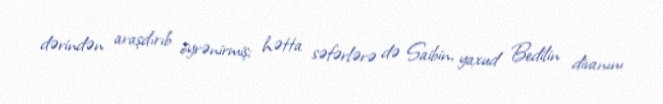
dərindən araşdırıb öyrənirmiş; hətta səfərlərə də Saibin, yaxud Bedilin divanını